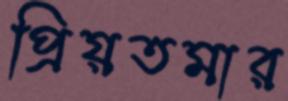
প্রিয়তমার